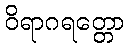
ဝိရာဂရတ္တော